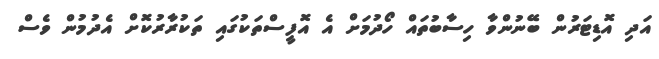
އަދި އޮޑިޓަރުން ބޭނުންވާ ހިސާބުތައް ހޯދުމަށް އެ އޮފީސްތަކުގައި ތަކުރާރުކޮށް އެދުމުން ވެސް